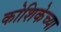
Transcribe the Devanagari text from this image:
कोशिकेच्या